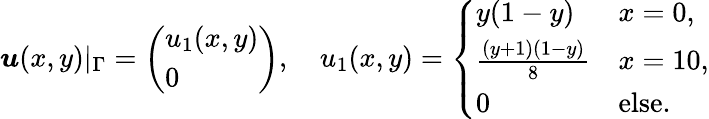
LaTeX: \begin{array}{r}{\boldsymbol{u}(x,y)|_{\Gamma}=\left(\begin{array}{l}{u_{1}(x,y)}\\ {0}\end{array}\right),\quad u_{1}(x,y)=\left\{ \begin{array}{ll}{y(1-y)}&{x=0,}\\ {\frac{(y+1)(1-y)}8}&{x=10,}\\ {0}&{\mathrm{else}.}\end{array}\right.}\end{array}